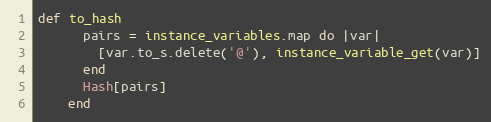
Language: Ruby
def to_hash
      pairs = instance_variables.map do |var|
        [var.to_s.delete('@'), instance_variable_get(var)]
      end
      Hash[pairs]
    end